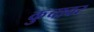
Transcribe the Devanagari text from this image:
कुचावर